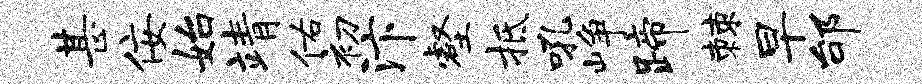
甚佞始靖佑初汴壑抵吼峥蹄棘早邰